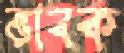
ভাবক